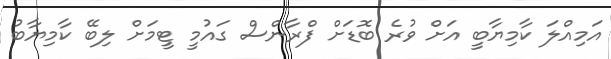
އަމިއްލަ ކާމިޔާބީ އަށް ވުރެ ބޮޑަށް ފްރާންސް ގައުމީ ޓީމަށް ލިބޭ ކާމިޔާބު